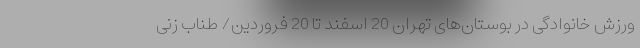
ورزش خانوادگی در بوستان‌های تهران 20 اسفند تا 20 فروردین/ طناب زنی